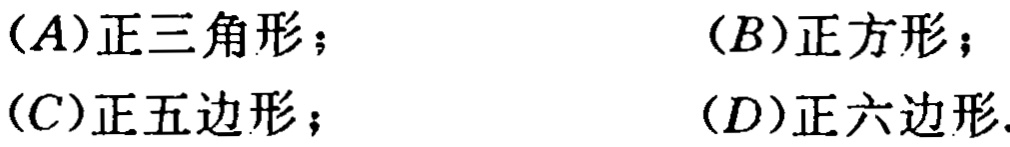
(A)正三角形；

(B)正方形；

(C)正五边形；

(D)正六边形.